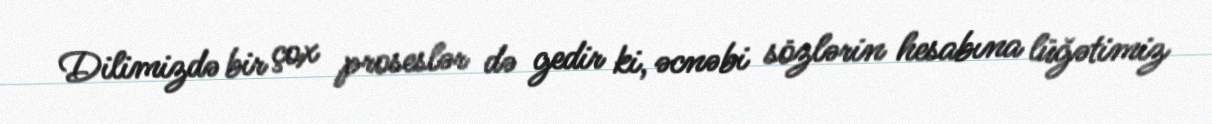
Dilimizdə bir çox proseslər də gedir ki, əcnəbi sözlərin hesabına lüğətimiz